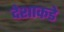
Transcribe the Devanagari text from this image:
देशाकडे